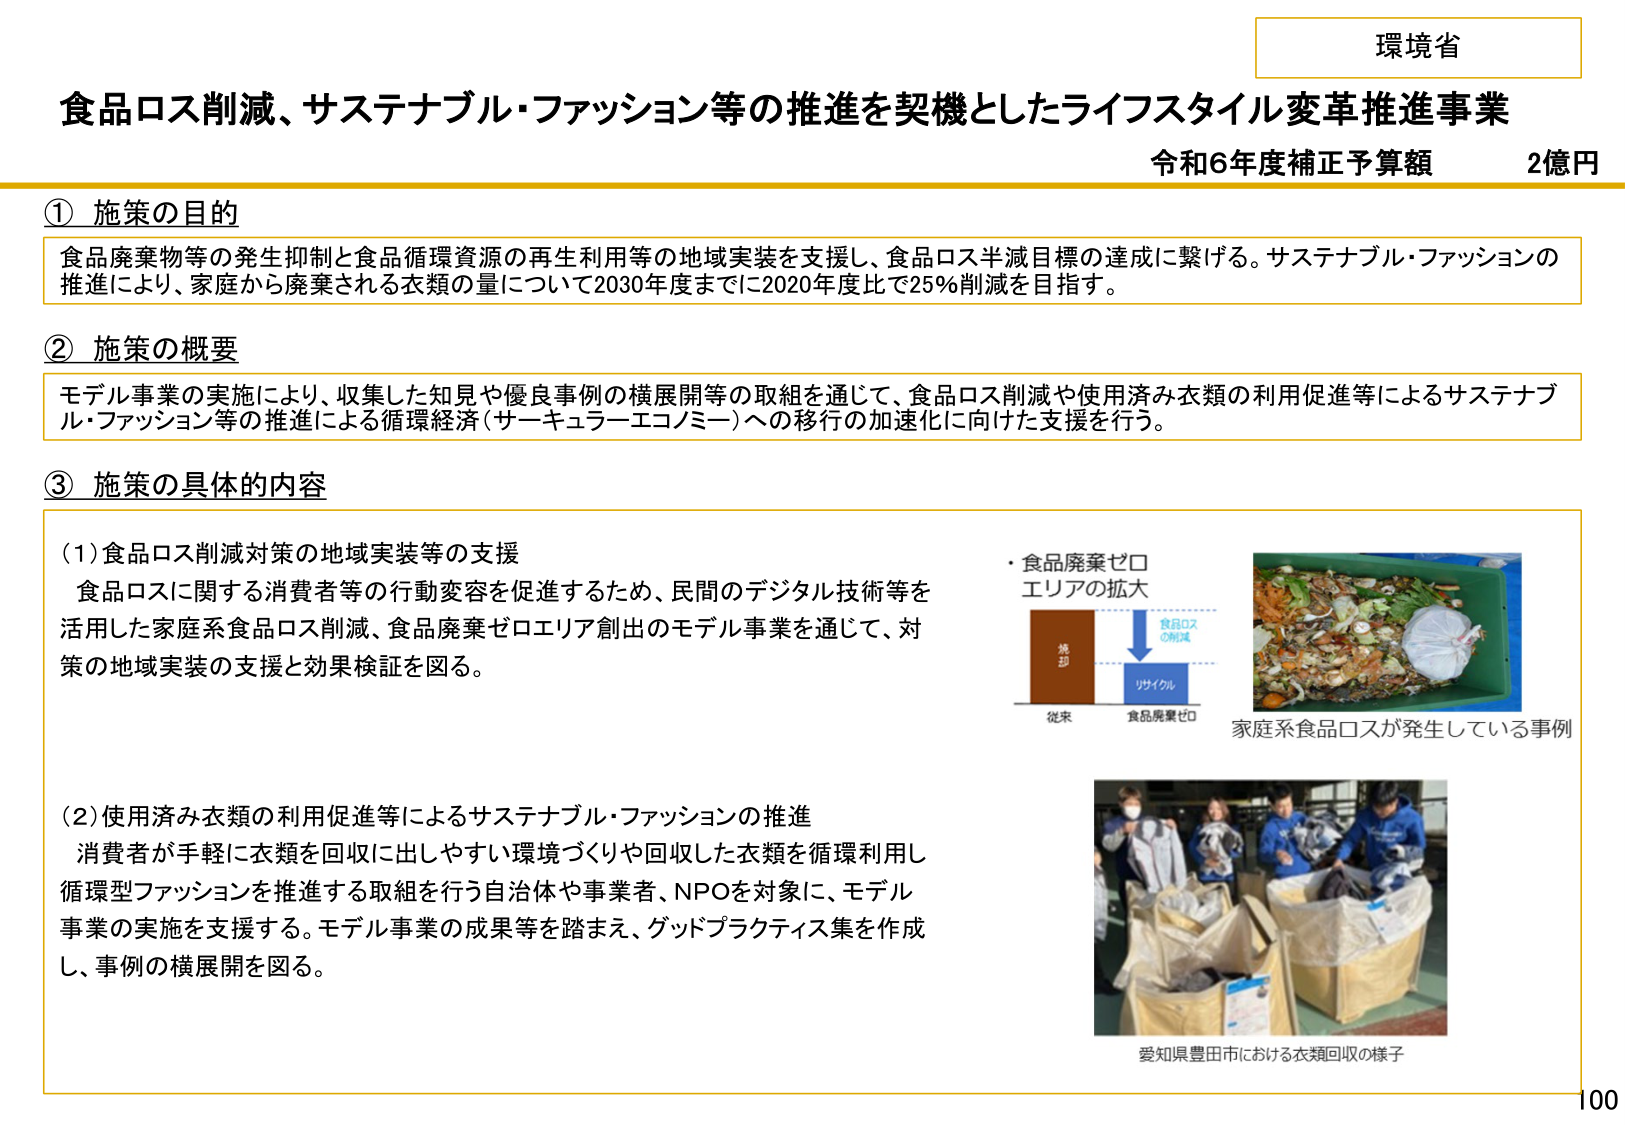
環境省
食品ロス削減、サステナブル・ファッション等の推進を契機としたライフスタイル変革推進事業
令和6年度補正予算額　2億円

① 施策の目的
食品廃棄物等の発生抑制と食品循環資源の再生利用等の地域実装を支援し、食品ロス半減目標の達成に繋げる。サステナブル・ファッションの推進により、家庭から廃棄される衣類の量について2030年度までに2020年度比で25％削減を目指す。

② 施策の概要
モデル事業の実施により、収集した知見や優良事例の横展開等の取組を通じて、食品ロス削減や使用済み衣類の利用促進等によるサステナブル・ファッション等の推進による循環経済（サーキュラーエコノミー）への移行の加速化に向けた支援を行う。

③ 施策の具体的内容
（1）食品ロス削減対策の地域実装等の支援
食品ロスに関する消費者等の行動変容を促進するため、民間のデジタル技術等を活用した家庭系食品ロス削減、食品廃棄ゼロエリア創出のモデル事業を通じて、対策の地域実装の支援と効果検証を図る。

・食品廃棄ゼロ
エリアの拡大
（図：左側が「従来」で茶色の「焼却」、右側が「食品廃棄ゼロ」で青色の「リサイクル」、矢印で「食品ロスの削減」を示す）

家庭系食品ロスが発生している事例

（2）使用済み衣類の利用促進等によるサステナブル・ファッションの推進
消費者が手軽に衣類を回収に出しやすい環境づくりや回収した衣類を循環利用し循環型ファッションを推進する取組を行う自治体や事業者、NPOを対象に、モデル事業の実施を支援する。モデル事業の成果等を踏まえ、グッドプラクティス集を作成し、事例の横展開を図る。

愛知県豊田市における衣類回収の様子

100